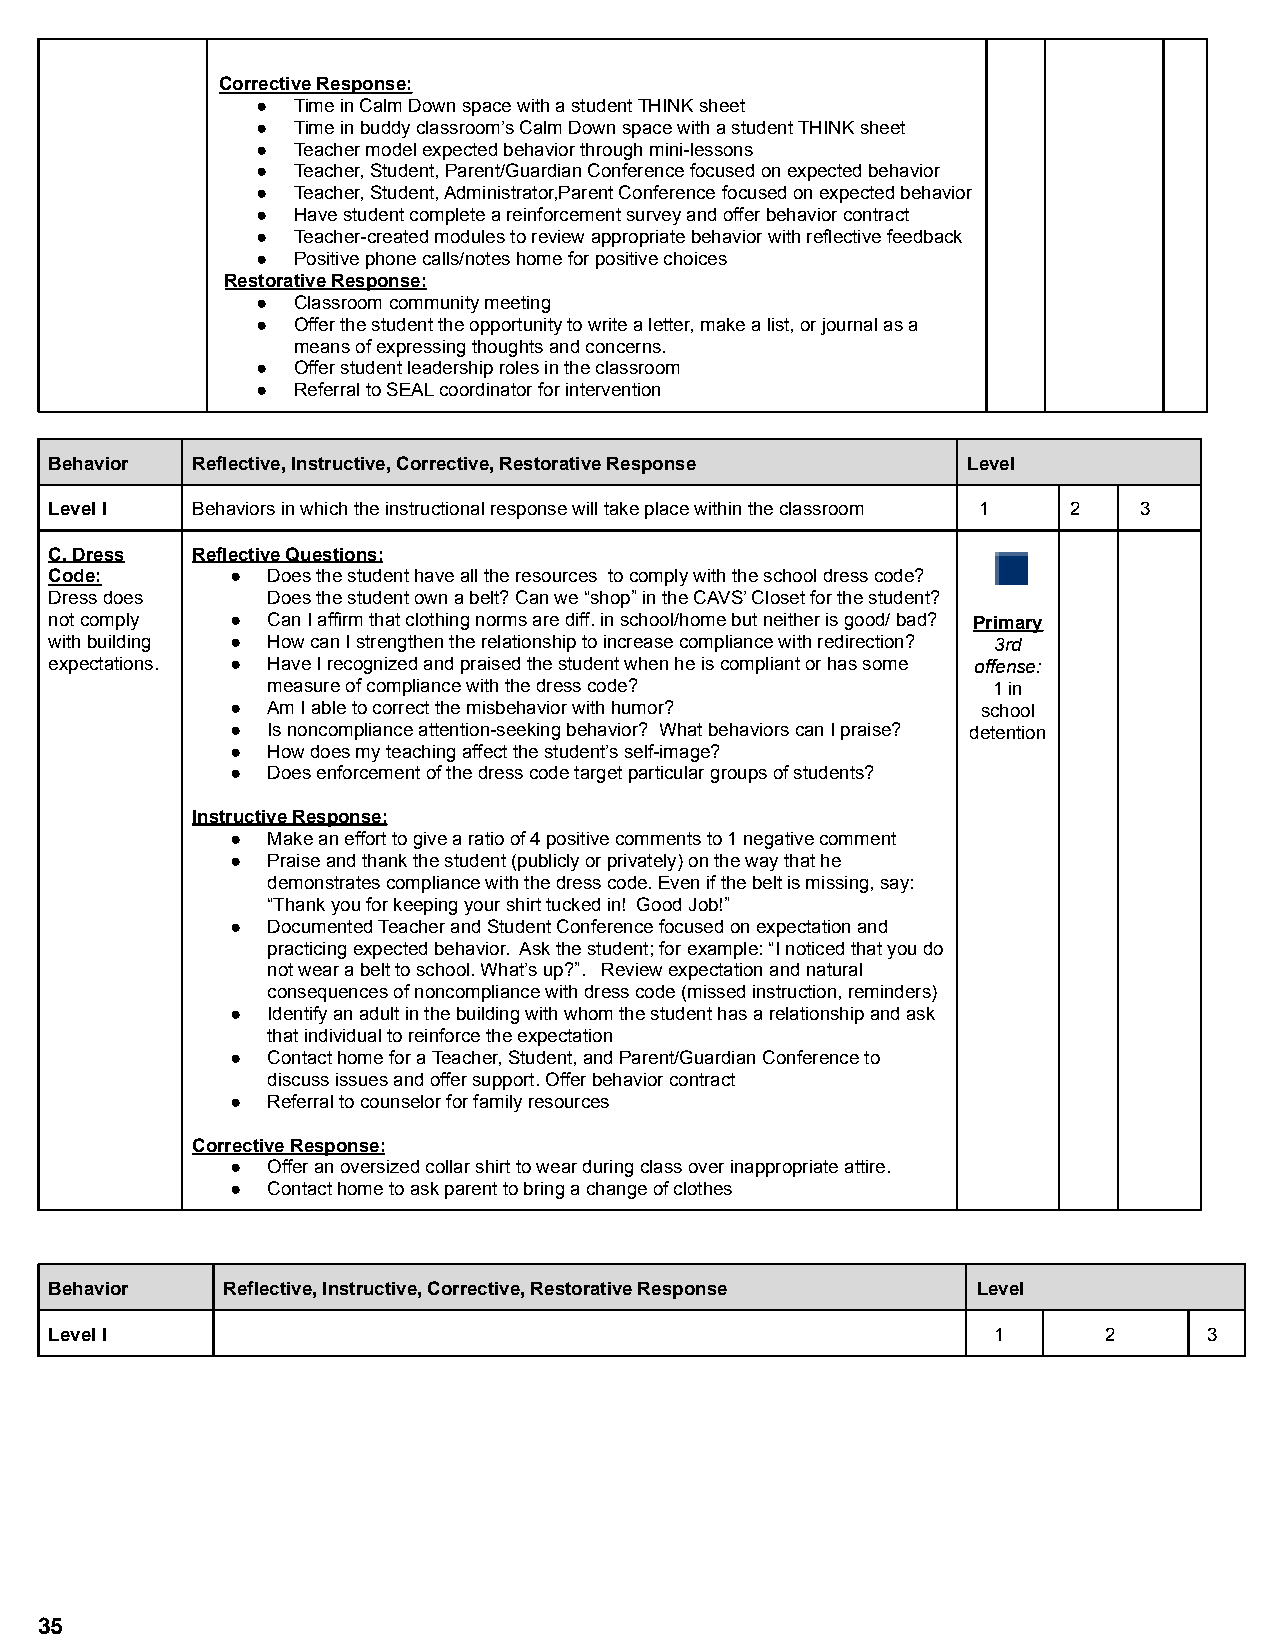
Corrective Response:
 ● Time in Calm Down space with a student THINK sheet
 ● Time in buddy classroom’s Calm Down space with a studentTHINK sheet
 ● Teacher model expected behavior through mini-lessons
 ● Teacher, Student, Parent/Guardian Conference focusedon expected behavior
 ● Teacher, Student, Administrator,Parent Conferencefocused on expected behavior
 ● Have student complete a reinforcement survey and offerbehavior contract
 ● Teacher-created modules to review appropriate behaviorwith reflective feedback
 ● Positive phone calls/notes home for positive choices
 Restorative Response:
 ● Classroom community meeting
 ● Offer the student the opportunity to write a letter,make a list, or journal as a
 means of expressing thoughts and concerns.
 ● Offer student leadership roles in the classroom
 ● Referral to SEAL coordinator for intervention
 Behavior  Reflective, Instructive, Corrective, Restorative Response Level
 Level I   Behaviors in which the instructional response willtake place within the classroom 1 2 3
 C. Dress  Reflective Questions:
 Code:       ●  Does the student have all the resources to complywith the school dress code?
 Dress does     Does the student own a belt? Can we “shop” in theCAVS’ Closet for the student?
 not comply  ●  Can I affirm that clothing norms are diff. in school/homebut neither is good/ bad? Primary
 with building ● How can I strengthen the relationship to increasecompliance with redirection? 3rd
 expectations. ● Have I recognized and praised the student when heis compliant or has some offense:
 measure of compliance with the dress code?      1 in
 ●  Am I able to correct the misbehavior with humor? school
 ●  Is noncompliance attention-seeking behavior? Whatbehaviors can I praise? detention
 ●  How does my teaching affect the student’s self-image?
 ●  Does enforcement of the dress code target particulargroups of students?
 Instructive Response:
 ●  Make an effort to give a ratio of 4 positive commentsto 1 negative comment
 ●  Praise and thank the student (publicly or privately)on the way that he
 demonstrates compliance with the dress code. Evenif the belt is missing, say:
 “Thank you for keeping your shirt tucked in! GoodJob!”
 ●  Documented Teacher and Student Conference focusedon expectation and
 practicing expected behavior. Ask the student; forexample: “I noticed that you do
 not wear a belt to school. What’s up?”. Review expectationand natural
 consequences of noncompliance with dress code (missedinstruction, reminders)
 ●  Identify an adult in the building with whom the studenthas a relationship and ask
 that individual to reinforce the expectation
 ●  Contact home for a Teacher, Student, and Parent/GuardianConference to
 discuss issues and offer support. Offer behavior contract
 ●  Referral to counselor for family resources
 Corrective Response:
 ●  Offer an oversized collar shirt to wear during classover inappropriate attire.
 ●  Contact home to ask parent to bring a change of clothes
 Behavior    Reflective, Instructive, Corrective, Restorative Response Level
 Level I                                                        1      2      3
 35